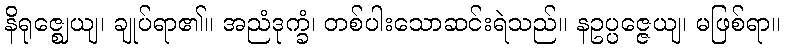
နိရုဇ္ဈေယျ၊ ချုပ်ရာ၏။ အညံဒုက္ခံ၊ တစ်ပါးသောဆင်းရဲသည်။ နဥပ္ပဇ္ဇေယျ၊ မဖြစ်ရာ။